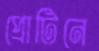
প্রোটিনে